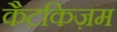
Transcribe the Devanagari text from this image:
कैटकिज़म